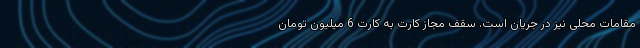
مقامات محلی نیز در جریان است. سقف مجاز کارت به کارت 6 میلیون تومان